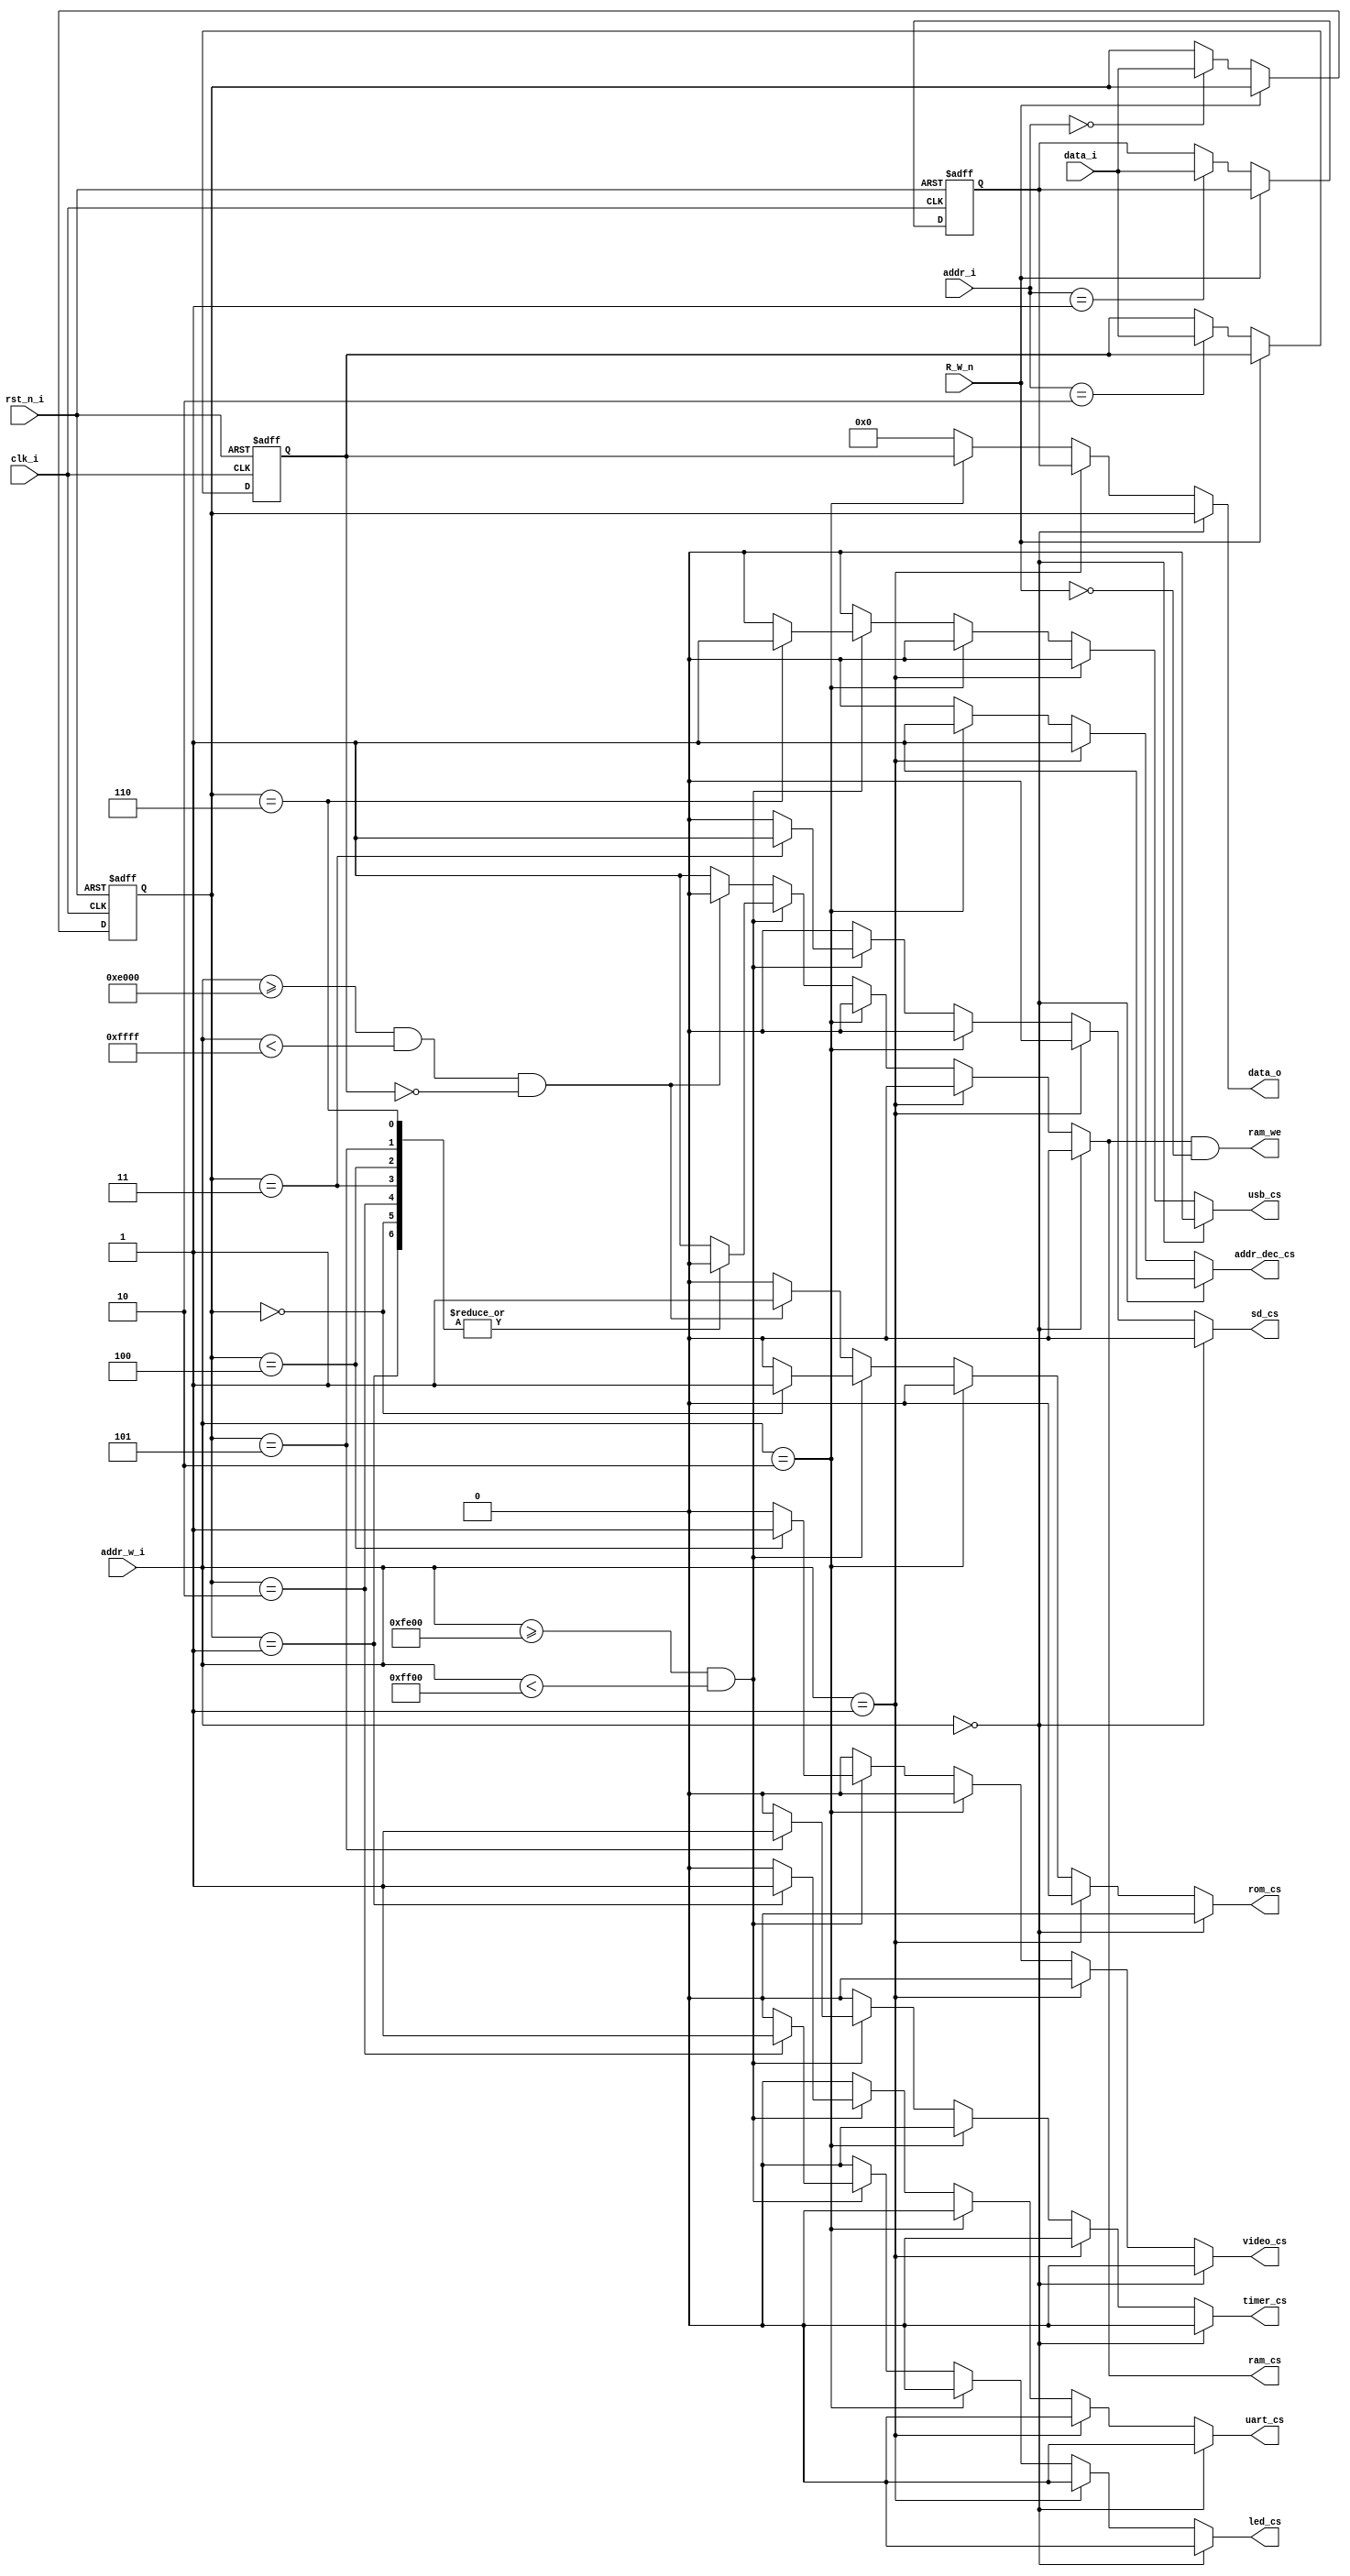
// nano6502 address decoder
//
// Address decoding and special ZP registers

module addr_decoder(
	input               clk_i,
	input               rst_n_i,
    input               R_W_n,
	input   [15:0]      addr_i,
    input   [15:0]      addr_w_i,
    input   [7:0]       data_i,
    output  [7:0]       data_o,
    // RAM
    output              ram_cs,
    output              ram_we,
    // UART
    output              uart_cs,
    // ROM
    output              rom_cs,
    output              addr_dec_cs,
    output              led_cs,
    output              sd_cs,
    output              video_cs,
    output              timer_cs,
    output              usb_cs
);

reg     [7:0]       io_bank_l;
reg     [7:0]       io_bank_h;
reg     [7:0]       rom_sel;
reg     [7:0]       data_o_reg;
reg                 ram_cs_reg;
reg                 uart_cs_reg;
reg                 rom_cs_reg;
reg                 led_cs_reg;
reg                 sd_cs_reg;
reg                 video_cs_reg;
reg                 timer_cs_reg;
reg                 usb_cs_reg;
reg                 addr_dec_cs_reg;
reg     [7:0]       dummy_reg;

// Register writing, synchronous
always@(posedge clk_i or negedge rst_n_i)
begin
    if(rst_n_i == 1'b0)
	begin
        io_bank_l <= 8'd0;
        io_bank_h <= 8'd0;
        rom_sel <= 8'd0;
    end
    else if(R_W_n == 1'b0)
    case(addr_i)
        16'h0000: io_bank_l <= data_i;
        16'h0001: io_bank_h <= data_i;
        16'h0002: rom_sel <= data_i;
        //16'h0003: led_reg <= data_i;
        default: dummy_reg <= data_i;
    endcase
end

// Address decoding, combinatorial mux
always @(*) begin
    if(addr_w_i == 16'h0000) 
    begin
        data_o_reg = io_bank_l;
        ram_cs_reg = 1'b0;
        uart_cs_reg = 1'b0;
        rom_cs_reg = 1'b0;
        led_cs_reg = 1'b0;
        sd_cs_reg = 1'b0;
        video_cs_reg = 1'b0;
        timer_cs_reg = 1'b0;
        usb_cs_reg = 1'b0;
        addr_dec_cs_reg = 1'b1;
    end
    else if(addr_w_i == 16'h0001) 
    begin    
        data_o_reg = io_bank_h;
        ram_cs_reg = 1'b0;
        uart_cs_reg = 1'b0;
        rom_cs_reg = 1'b0;
        led_cs_reg = 1'b0;
        sd_cs_reg = 1'b0;
        video_cs_reg = 1'b0;
        timer_cs_reg = 1'b0;
        usb_cs_reg = 1'b0;
        addr_dec_cs_reg = 1'b1;
    end
    else if(addr_w_i == 16'h0002)
    begin
        data_o_reg = rom_sel;
        ram_cs_reg = 1'b0;
        uart_cs_reg = 1'b0;
        rom_cs_reg = 1'b0;
        led_cs_reg = 1'b0;
        sd_cs_reg = 1'b0;
        video_cs_reg = 1'b0;
        timer_cs_reg = 1'b0;
        usb_cs_reg = 1'b0;
        addr_dec_cs_reg = 1'b1;
    end
    else if((addr_w_i >= 16'hfe00) && (addr_w_i < 16'hff00))
    begin
        case(io_bank_l)
            8'h00:
            begin
                uart_cs_reg = 1'b0;
                ram_cs_reg = 1'b0;
                rom_cs_reg = 1'b1;
                led_cs_reg = 1'b0;
                data_o_reg = 8'd0;
                sd_cs_reg = 1'b0;
                video_cs_reg = 1'b0;
                timer_cs_reg = 1'b0;
                usb_cs_reg = 1'b0;
                addr_dec_cs_reg = 1'b0;
            end
            8'h01:
            begin
                uart_cs_reg = 1'b1;
                ram_cs_reg = 1'b0;
                rom_cs_reg = 1'b0;
                led_cs_reg = 1'b0;
                data_o_reg = 8'd0;
                sd_cs_reg = 1'b0;
                video_cs_reg = 1'b0;
                timer_cs_reg = 1'b0;
                usb_cs_reg = 1'b0;
                addr_dec_cs_reg = 1'b0;
            end
            8'h02:
            begin
                data_o_reg = 8'd0;
                uart_cs_reg = 1'b0;
                ram_cs_reg = 1'b0;
                rom_cs_reg = 1'b0;
                led_cs_reg = 1'b1;
                sd_cs_reg = 1'b0;
                video_cs_reg = 1'b0;
                timer_cs_reg = 1'b0;
                usb_cs_reg = 1'b0;
                addr_dec_cs_reg = 1'b0;
            end
            8'h03:
            begin
                data_o_reg = 8'd0;
                uart_cs_reg = 1'b0;
                ram_cs_reg = 1'b0;
                rom_cs_reg = 1'b0;
                led_cs_reg = 1'b0;
                sd_cs_reg = 1'b1;
                video_cs_reg = 1'b0;
                timer_cs_reg = 1'b0;
                usb_cs_reg = 1'b0;
                addr_dec_cs_reg = 1'b0;
            end
            8'h04:
            begin
                data_o_reg = 8'd0;
                uart_cs_reg = 1'b0;
                ram_cs_reg = 1'b0;
                rom_cs_reg = 1'b0;
                led_cs_reg = 1'b0;
                sd_cs_reg = 1'b0;
                video_cs_reg = 1'b1;
                timer_cs_reg = 1'b0;
                usb_cs_reg = 1'b0;
                addr_dec_cs_reg = 1'b0;
            end
            8'h05:
            begin
                data_o_reg = 8'd0;
                uart_cs_reg = 1'b0;
                ram_cs_reg = 1'b0;
                rom_cs_reg = 1'b0;
                led_cs_reg = 1'b0;
                sd_cs_reg = 1'b0;
                video_cs_reg = 1'b0;
                timer_cs_reg = 1'b1;
                usb_cs_reg = 1'b0;
                addr_dec_cs_reg = 1'b0;
            end
            8'h06:
            begin
                data_o_reg = 8'd0;
                uart_cs_reg = 1'b0;
                ram_cs_reg = 1'b0;
                rom_cs_reg = 1'b0;
                led_cs_reg = 1'b0;
                sd_cs_reg = 1'b0;
                video_cs_reg = 1'b0;
                timer_cs_reg = 1'b0;
                usb_cs_reg = 1'b1;
                addr_dec_cs_reg = 1'b0;
            end
            default:
            begin
                uart_cs_reg = 1'b0;
                ram_cs_reg = 1'b1;
                rom_cs_reg = 1'b0;
                led_cs_reg = 1'b0;
                data_o_reg = 8'd0;
                sd_cs_reg = 1'b0;
                video_cs_reg = 1'b0;
                timer_cs_reg = 1'b0;
                usb_cs_reg = 1'b0;
                addr_dec_cs_reg = 1'b0;
            end
        endcase
        
    end
    else if((addr_w_i >= 16'he000) && (addr_w_i < 16'hffff) && (rom_sel == 8'd0))
    begin
        uart_cs_reg = 1'b0;
        ram_cs_reg = 1'b0;
        rom_cs_reg = 1'b1;
        data_o_reg = 8'd0;
        led_cs_reg = 1'b0;
        sd_cs_reg = 1'b0;
        video_cs_reg = 1'b0;
        timer_cs_reg = 1'b0;
        usb_cs_reg = 1'b0;
        addr_dec_cs_reg = 1'b0;
    end
    else
    begin
        data_o_reg = 8'd0;
        ram_cs_reg = 1'b1;
        rom_cs_reg = 1'b0;
        uart_cs_reg = 1'b0;
        led_cs_reg = 1'b0;
        sd_cs_reg = 1'b0;
        video_cs_reg = 1'b0;
        timer_cs_reg = 1'b0;
        usb_cs_reg = 1'b0;
        addr_dec_cs_reg = 1'b0;
    end
end

assign data_o = data_o_reg;
assign ram_cs = ram_cs_reg;
assign uart_cs = uart_cs_reg;
assign rom_cs = rom_cs_reg;
assign addr_dec_cs = addr_dec_cs_reg;
assign led_cs = led_cs_reg;
assign sd_cs = sd_cs_reg;
assign video_cs = video_cs_reg;
assign timer_cs = timer_cs_reg;
assign usb_cs = usb_cs_reg;


// Write enable generation
assign ram_we = ram_cs && ~R_W_n;

endmodule